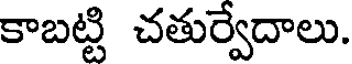
కాబట్టి చతుర్వేదాలు.